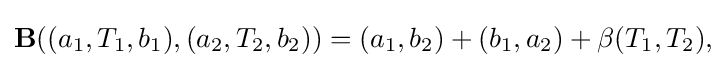
\displaystyle {\mathbf {B} ((a_{1},T_{1},b_{1}),(a_{2},T_{2},b_{2}))=(a_{1},b_{2})+(b_{1},a_{2})+\beta (T_{1},T_{2}),}